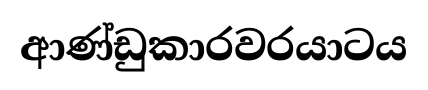
ආණ්ඩුකාරවරයාටය